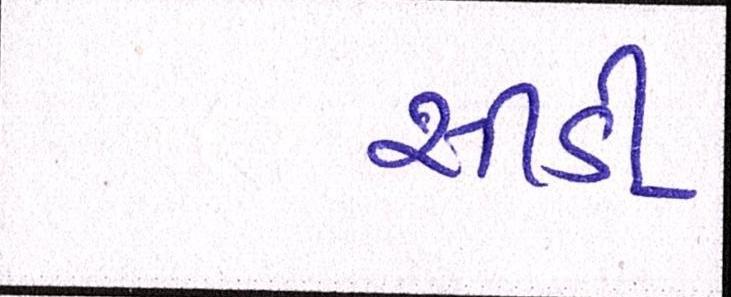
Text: સીડી